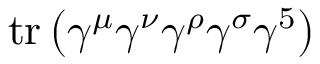
\operatorname { t r } \left( \gamma ^ { \mu } \gamma ^ { \nu } \gamma ^ { \rho } \gamma ^ { \sigma } \gamma ^ { 5 } \right)